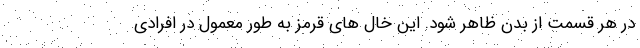
در هر قسمت از بدن ظاهر شود. این خال های قرمز به طور معمول در افرادی